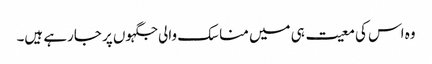
وہ اس کی معیت ہی میں مناسک والی جگہوں پر جارہے ہیں۔